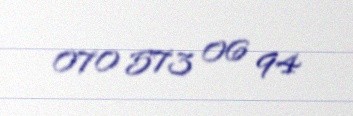
070 573 06 94